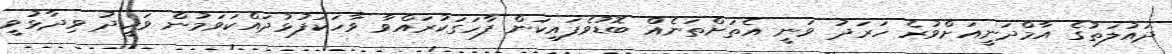
ދައުލަތުގެ އާމްދަނީއަށްވުރެ ހަރަދު ވަނީ އެތަށްތަނެއް ބޮޑުވެފައިކަން ފާހަގަކުރައްވާ ވާހަކަފުޅުދައްކަވަމުން ވަހީދު ވިދާޅުވީ